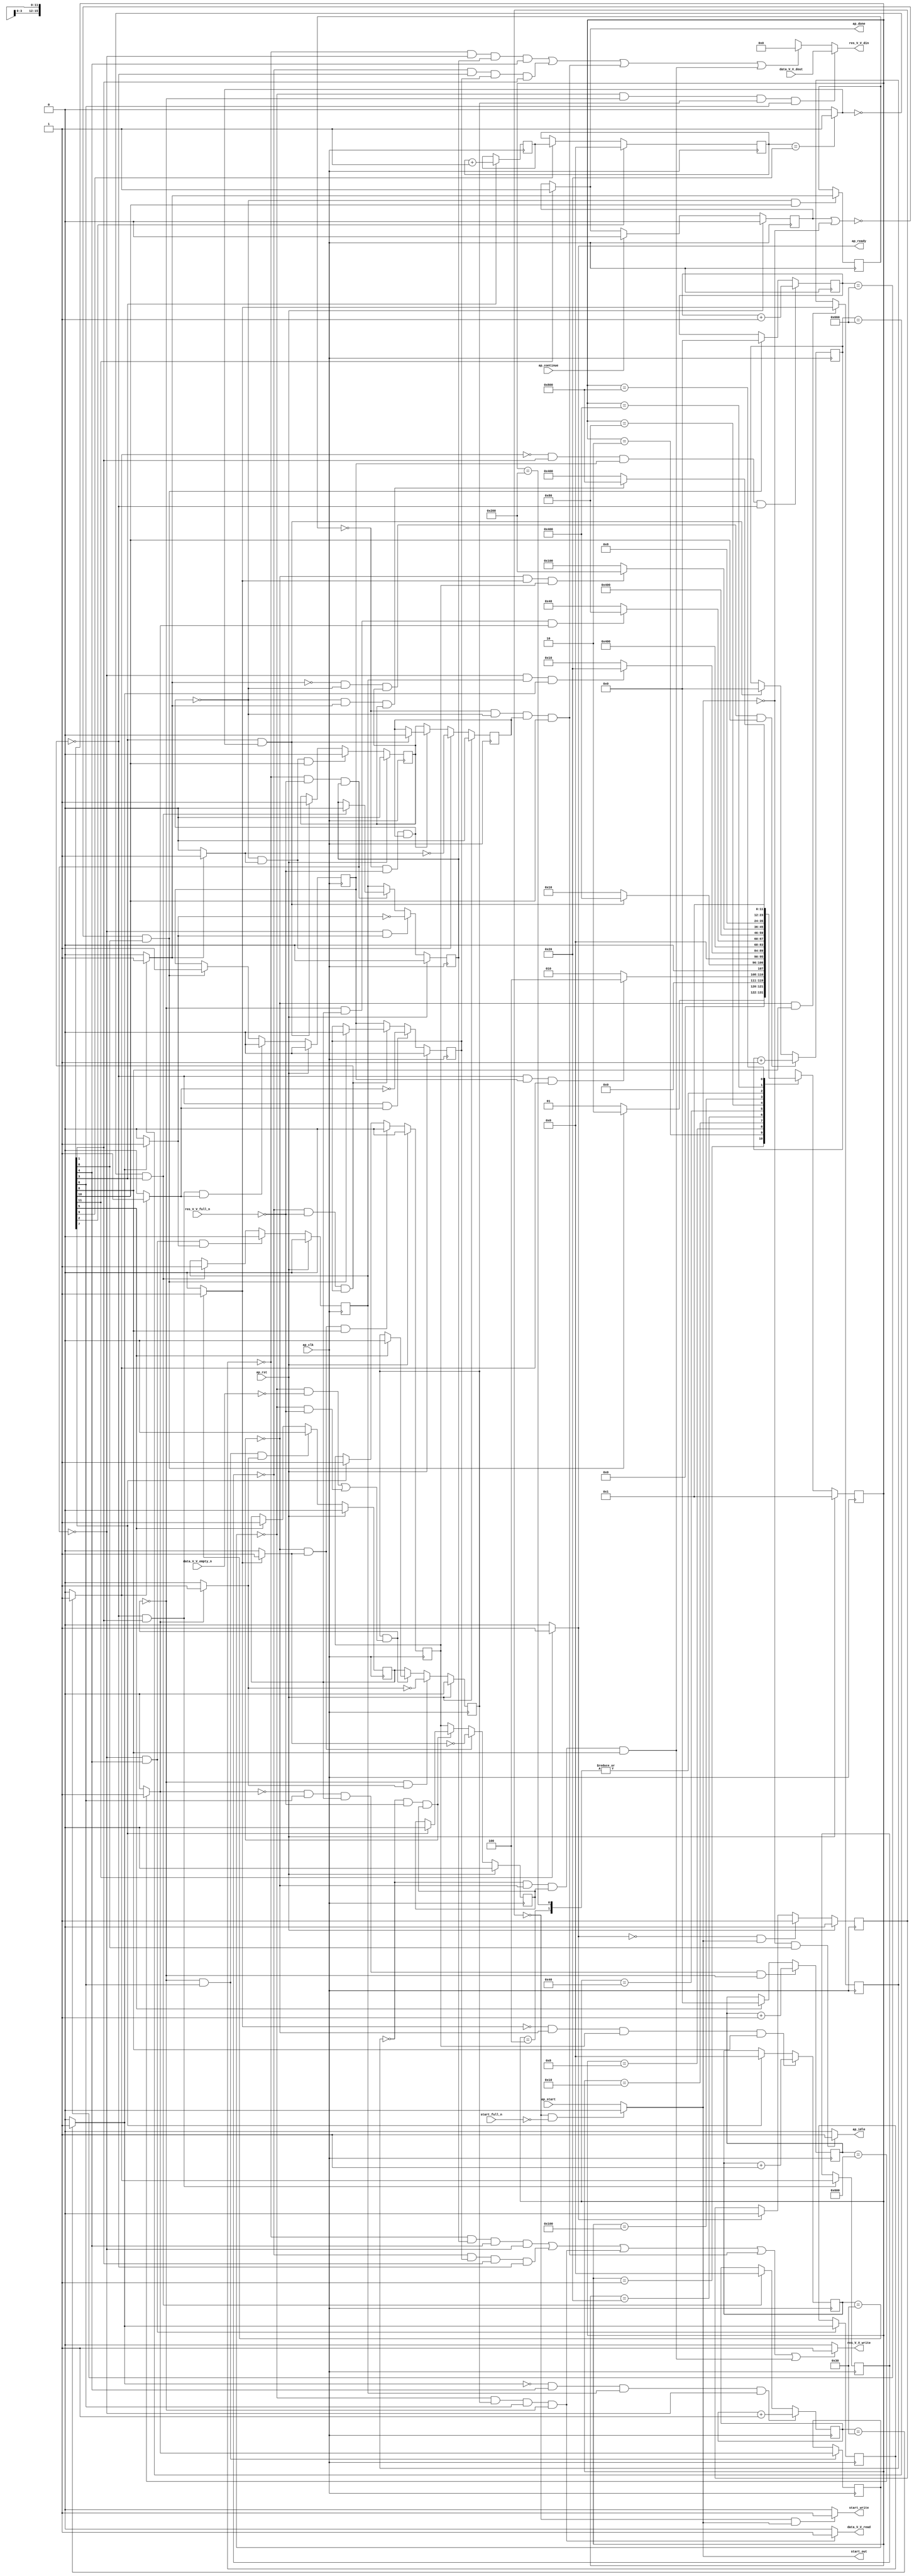
// ==============================================================
// RTL generated by Vivado(TM) HLS - High-Level Synthesis from C, C++ and OpenCL
// Version: 2019.2
// Copyright (C) 1986-2019 Xilinx, Inc. All Rights Reserved.
// 
// ===========================================================

`timescale 1 ns / 1 ps 

module zeropad2d_cl_ss_ap_fixed_ap_fixed_config30_s (
        ap_clk,
        ap_rst,
        ap_start,
        start_full_n,
        ap_done,
        ap_continue,
        ap_idle,
        ap_ready,
        start_out,
        start_write,
        data_V_V_dout,
        data_V_V_empty_n,
        data_V_V_read,
        res_V_V_din,
        res_V_V_full_n,
        res_V_V_write
);

parameter    ap_ST_fsm_state1 = 12'd1;
parameter    ap_ST_fsm_pp0_stage0 = 12'd2;
parameter    ap_ST_fsm_state4 = 12'd4;
parameter    ap_ST_fsm_state5 = 12'd8;
parameter    ap_ST_fsm_pp1_stage0 = 12'd16;
parameter    ap_ST_fsm_state8 = 12'd32;
parameter    ap_ST_fsm_pp2_stage0 = 12'd64;
parameter    ap_ST_fsm_state11 = 12'd128;
parameter    ap_ST_fsm_pp3_stage0 = 12'd256;
parameter    ap_ST_fsm_state14 = 12'd512;
parameter    ap_ST_fsm_pp4_stage0 = 12'd1024;
parameter    ap_ST_fsm_state17 = 12'd2048;

input   ap_clk;
input   ap_rst;
input   ap_start;
input   start_full_n;
output   ap_done;
input   ap_continue;
output   ap_idle;
output   ap_ready;
output   start_out;
output   start_write;
input  [15:0] data_V_V_dout;
input   data_V_V_empty_n;
output   data_V_V_read;
output  [15:0] res_V_V_din;
input   res_V_V_full_n;
output   res_V_V_write;

reg ap_done;
reg ap_idle;
reg start_write;
reg data_V_V_read;
reg[15:0] res_V_V_din;
reg res_V_V_write;

reg    real_start;
reg    start_once_reg;
reg    ap_done_reg;
(* fsm_encoding = "none" *) reg   [11:0] ap_CS_fsm;
wire    ap_CS_fsm_state1;
reg    internal_ap_ready;
reg    data_V_V_blk_n;
wire    ap_CS_fsm_pp2_stage0;
reg    ap_enable_reg_pp2_iter1;
wire    ap_block_pp2_stage0;
reg   [0:0] icmp_ln121_reg_284;
reg    res_V_V_blk_n;
wire    ap_CS_fsm_pp0_stage0;
reg    ap_enable_reg_pp0_iter1;
wire    ap_block_pp0_stage0;
reg   [0:0] icmp_ln112_reg_257;
wire    ap_CS_fsm_pp1_stage0;
reg    ap_enable_reg_pp1_iter1;
wire    ap_block_pp1_stage0;
reg   [0:0] icmp_ln24_reg_275;
wire    ap_CS_fsm_pp3_stage0;
reg    ap_enable_reg_pp3_iter1;
wire    ap_block_pp3_stage0;
reg   [0:0] icmp_ln24_3_reg_293;
wire    ap_CS_fsm_pp4_stage0;
reg    ap_enable_reg_pp4_iter1;
wire    ap_block_pp4_stage0;
reg   [0:0] icmp_ln130_reg_302;
reg   [10:0] indvar_flatten_reg_119;
reg   [5:0] c_0_i28_reg_141;
reg   [10:0] indvar_flatten11_reg_152;
reg   [5:0] c_0_i22_reg_163;
reg   [10:0] indvar_flatten23_reg_174;
wire   [0:0] icmp_ln112_fu_185_p2;
wire    ap_block_state2_pp0_stage0_iter0;
reg    ap_block_state3_pp0_stage0_iter1;
reg    ap_block_pp0_stage0_11001;
wire   [10:0] add_ln112_fu_191_p2;
reg    ap_enable_reg_pp0_iter0;
wire   [0:0] icmp_ln117_fu_197_p2;
wire    ap_CS_fsm_state5;
wire   [5:0] i_fu_203_p2;
reg   [5:0] i_reg_270;
wire   [0:0] icmp_ln24_fu_209_p2;
wire    ap_block_state6_pp1_stage0_iter0;
reg    ap_block_state7_pp1_stage0_iter1;
reg    ap_block_pp1_stage0_11001;
wire   [5:0] c_fu_215_p2;
reg    ap_enable_reg_pp1_iter0;
wire   [0:0] icmp_ln121_fu_221_p2;
wire    ap_block_state9_pp2_stage0_iter0;
reg    ap_block_state10_pp2_stage0_iter1;
reg    ap_block_pp2_stage0_11001;
wire   [10:0] add_ln121_fu_227_p2;
reg    ap_enable_reg_pp2_iter0;
wire   [0:0] icmp_ln24_3_fu_233_p2;
wire    ap_block_state12_pp3_stage0_iter0;
reg    ap_block_state13_pp3_stage0_iter1;
reg    ap_block_pp3_stage0_11001;
wire   [5:0] c_3_fu_239_p2;
reg    ap_enable_reg_pp3_iter0;
wire   [0:0] icmp_ln130_fu_245_p2;
wire    ap_block_state15_pp4_stage0_iter0;
reg    ap_block_state16_pp4_stage0_iter1;
reg    ap_block_pp4_stage0_11001;
wire   [10:0] add_ln130_fu_251_p2;
reg    ap_enable_reg_pp4_iter0;
reg    ap_block_state1;
reg    ap_block_pp0_stage0_subdone;
reg    ap_condition_pp0_exit_iter0_state2;
reg    ap_block_pp1_stage0_subdone;
reg    ap_condition_pp1_exit_iter0_state6;
wire    ap_CS_fsm_state8;
reg    ap_block_pp2_stage0_subdone;
reg    ap_condition_pp2_exit_iter0_state9;
wire    ap_CS_fsm_state11;
reg    ap_block_pp3_stage0_subdone;
reg    ap_condition_pp3_exit_iter0_state12;
reg    ap_block_pp4_stage0_subdone;
reg    ap_condition_pp4_exit_iter0_state15;
reg   [5:0] i1_0_reg_130;
wire    ap_CS_fsm_state14;
wire    ap_CS_fsm_state4;
reg    ap_block_pp0_stage0_01001;
reg    ap_block_pp1_stage0_01001;
reg    ap_block_pp2_stage0_01001;
reg    ap_block_pp3_stage0_01001;
reg    ap_block_pp4_stage0_01001;
wire    ap_CS_fsm_state17;
reg   [11:0] ap_NS_fsm;
reg    ap_idle_pp0;
wire    ap_enable_pp0;
reg    ap_idle_pp1;
wire    ap_enable_pp1;
reg    ap_idle_pp2;
wire    ap_enable_pp2;
reg    ap_idle_pp3;
wire    ap_enable_pp3;
reg    ap_idle_pp4;
wire    ap_enable_pp4;

// power-on initialization
initial begin
#0 start_once_reg = 1'b0;
#0 ap_done_reg = 1'b0;
#0 ap_CS_fsm = 12'd1;
#0 ap_enable_reg_pp2_iter1 = 1'b0;
#0 ap_enable_reg_pp0_iter1 = 1'b0;
#0 ap_enable_reg_pp1_iter1 = 1'b0;
#0 ap_enable_reg_pp3_iter1 = 1'b0;
#0 ap_enable_reg_pp4_iter1 = 1'b0;
#0 ap_enable_reg_pp0_iter0 = 1'b0;
#0 ap_enable_reg_pp1_iter0 = 1'b0;
#0 ap_enable_reg_pp2_iter0 = 1'b0;
#0 ap_enable_reg_pp3_iter0 = 1'b0;
#0 ap_enable_reg_pp4_iter0 = 1'b0;
end

always @ (posedge ap_clk) begin
    if (ap_rst == 1'b1) begin
        ap_CS_fsm <= ap_ST_fsm_state1;
    end else begin
        ap_CS_fsm <= ap_NS_fsm;
    end
end

always @ (posedge ap_clk) begin
    if (ap_rst == 1'b1) begin
        ap_done_reg <= 1'b0;
    end else begin
        if ((ap_continue == 1'b1)) begin
            ap_done_reg <= 1'b0;
        end else if ((1'b1 == ap_CS_fsm_state17)) begin
            ap_done_reg <= 1'b1;
        end
    end
end

always @ (posedge ap_clk) begin
    if (ap_rst == 1'b1) begin
        ap_enable_reg_pp0_iter0 <= 1'b0;
    end else begin
        if (((1'b0 == ap_block_pp0_stage0_subdone) & (1'b1 == ap_CS_fsm_pp0_stage0) & (1'b1 == ap_condition_pp0_exit_iter0_state2))) begin
            ap_enable_reg_pp0_iter0 <= 1'b0;
        end else if ((~((ap_done_reg == 1'b1) | (real_start == 1'b0)) & (1'b1 == ap_CS_fsm_state1))) begin
            ap_enable_reg_pp0_iter0 <= 1'b1;
        end
    end
end

always @ (posedge ap_clk) begin
    if (ap_rst == 1'b1) begin
        ap_enable_reg_pp0_iter1 <= 1'b0;
    end else begin
        if (((1'b0 == ap_block_pp0_stage0_subdone) & (1'b1 == ap_condition_pp0_exit_iter0_state2))) begin
            ap_enable_reg_pp0_iter1 <= (1'b1 ^ ap_condition_pp0_exit_iter0_state2);
        end else if ((1'b0 == ap_block_pp0_stage0_subdone)) begin
            ap_enable_reg_pp0_iter1 <= ap_enable_reg_pp0_iter0;
        end else if ((~((ap_done_reg == 1'b1) | (real_start == 1'b0)) & (1'b1 == ap_CS_fsm_state1))) begin
            ap_enable_reg_pp0_iter1 <= 1'b0;
        end
    end
end

always @ (posedge ap_clk) begin
    if (ap_rst == 1'b1) begin
        ap_enable_reg_pp1_iter0 <= 1'b0;
    end else begin
        if (((1'b0 == ap_block_pp1_stage0_subdone) & (1'b1 == ap_CS_fsm_pp1_stage0) & (1'b1 == ap_condition_pp1_exit_iter0_state6))) begin
            ap_enable_reg_pp1_iter0 <= 1'b0;
        end else if (((icmp_ln117_fu_197_p2 == 1'd0) & (1'b1 == ap_CS_fsm_state5))) begin
            ap_enable_reg_pp1_iter0 <= 1'b1;
        end
    end
end

always @ (posedge ap_clk) begin
    if (ap_rst == 1'b1) begin
        ap_enable_reg_pp1_iter1 <= 1'b0;
    end else begin
        if (((1'b0 == ap_block_pp1_stage0_subdone) & (1'b1 == ap_condition_pp1_exit_iter0_state6))) begin
            ap_enable_reg_pp1_iter1 <= (1'b1 ^ ap_condition_pp1_exit_iter0_state6);
        end else if ((1'b0 == ap_block_pp1_stage0_subdone)) begin
            ap_enable_reg_pp1_iter1 <= ap_enable_reg_pp1_iter0;
        end else if (((icmp_ln117_fu_197_p2 == 1'd0) & (1'b1 == ap_CS_fsm_state5))) begin
            ap_enable_reg_pp1_iter1 <= 1'b0;
        end
    end
end

always @ (posedge ap_clk) begin
    if (ap_rst == 1'b1) begin
        ap_enable_reg_pp2_iter0 <= 1'b0;
    end else begin
        if (((1'b0 == ap_block_pp2_stage0_subdone) & (1'b1 == ap_CS_fsm_pp2_stage0) & (1'b1 == ap_condition_pp2_exit_iter0_state9))) begin
            ap_enable_reg_pp2_iter0 <= 1'b0;
        end else if ((1'b1 == ap_CS_fsm_state8)) begin
            ap_enable_reg_pp2_iter0 <= 1'b1;
        end
    end
end

always @ (posedge ap_clk) begin
    if (ap_rst == 1'b1) begin
        ap_enable_reg_pp2_iter1 <= 1'b0;
    end else begin
        if (((1'b0 == ap_block_pp2_stage0_subdone) & (1'b1 == ap_condition_pp2_exit_iter0_state9))) begin
            ap_enable_reg_pp2_iter1 <= (1'b1 ^ ap_condition_pp2_exit_iter0_state9);
        end else if ((1'b0 == ap_block_pp2_stage0_subdone)) begin
            ap_enable_reg_pp2_iter1 <= ap_enable_reg_pp2_iter0;
        end else if ((1'b1 == ap_CS_fsm_state8)) begin
            ap_enable_reg_pp2_iter1 <= 1'b0;
        end
    end
end

always @ (posedge ap_clk) begin
    if (ap_rst == 1'b1) begin
        ap_enable_reg_pp3_iter0 <= 1'b0;
    end else begin
        if (((1'b0 == ap_block_pp3_stage0_subdone) & (1'b1 == ap_condition_pp3_exit_iter0_state12) & (1'b1 == ap_CS_fsm_pp3_stage0))) begin
            ap_enable_reg_pp3_iter0 <= 1'b0;
        end else if ((1'b1 == ap_CS_fsm_state11)) begin
            ap_enable_reg_pp3_iter0 <= 1'b1;
        end
    end
end

always @ (posedge ap_clk) begin
    if (ap_rst == 1'b1) begin
        ap_enable_reg_pp3_iter1 <= 1'b0;
    end else begin
        if (((1'b0 == ap_block_pp3_stage0_subdone) & (1'b1 == ap_condition_pp3_exit_iter0_state12))) begin
            ap_enable_reg_pp3_iter1 <= (1'b1 ^ ap_condition_pp3_exit_iter0_state12);
        end else if ((1'b0 == ap_block_pp3_stage0_subdone)) begin
            ap_enable_reg_pp3_iter1 <= ap_enable_reg_pp3_iter0;
        end else if ((1'b1 == ap_CS_fsm_state11)) begin
            ap_enable_reg_pp3_iter1 <= 1'b0;
        end
    end
end

always @ (posedge ap_clk) begin
    if (ap_rst == 1'b1) begin
        ap_enable_reg_pp4_iter0 <= 1'b0;
    end else begin
        if (((1'b0 == ap_block_pp4_stage0_subdone) & (1'b1 == ap_condition_pp4_exit_iter0_state15) & (1'b1 == ap_CS_fsm_pp4_stage0))) begin
            ap_enable_reg_pp4_iter0 <= 1'b0;
        end else if (((1'b1 == ap_CS_fsm_state5) & (icmp_ln117_fu_197_p2 == 1'd1))) begin
            ap_enable_reg_pp4_iter0 <= 1'b1;
        end
    end
end

always @ (posedge ap_clk) begin
    if (ap_rst == 1'b1) begin
        ap_enable_reg_pp4_iter1 <= 1'b0;
    end else begin
        if (((1'b0 == ap_block_pp4_stage0_subdone) & (1'b1 == ap_condition_pp4_exit_iter0_state15))) begin
            ap_enable_reg_pp4_iter1 <= (1'b1 ^ ap_condition_pp4_exit_iter0_state15);
        end else if ((1'b0 == ap_block_pp4_stage0_subdone)) begin
            ap_enable_reg_pp4_iter1 <= ap_enable_reg_pp4_iter0;
        end else if (((1'b1 == ap_CS_fsm_state5) & (icmp_ln117_fu_197_p2 == 1'd1))) begin
            ap_enable_reg_pp4_iter1 <= 1'b0;
        end
    end
end

always @ (posedge ap_clk) begin
    if (ap_rst == 1'b1) begin
        start_once_reg <= 1'b0;
    end else begin
        if (((internal_ap_ready == 1'b0) & (real_start == 1'b1))) begin
            start_once_reg <= 1'b1;
        end else if ((internal_ap_ready == 1'b1)) begin
            start_once_reg <= 1'b0;
        end
    end
end

always @ (posedge ap_clk) begin
    if (((icmp_ln24_3_fu_233_p2 == 1'd0) & (1'b0 == ap_block_pp3_stage0_11001) & (ap_enable_reg_pp3_iter0 == 1'b1) & (1'b1 == ap_CS_fsm_pp3_stage0))) begin
        c_0_i22_reg_163 <= c_3_fu_239_p2;
    end else if ((1'b1 == ap_CS_fsm_state11)) begin
        c_0_i22_reg_163 <= 6'd0;
    end
end

always @ (posedge ap_clk) begin
    if (((icmp_ln24_fu_209_p2 == 1'd0) & (1'b1 == ap_CS_fsm_pp1_stage0) & (ap_enable_reg_pp1_iter0 == 1'b1) & (1'b0 == ap_block_pp1_stage0_11001))) begin
        c_0_i28_reg_141 <= c_fu_215_p2;
    end else if (((icmp_ln117_fu_197_p2 == 1'd0) & (1'b1 == ap_CS_fsm_state5))) begin
        c_0_i28_reg_141 <= 6'd0;
    end
end

always @ (posedge ap_clk) begin
    if ((1'b1 == ap_CS_fsm_state4)) begin
        i1_0_reg_130 <= 6'd0;
    end else if ((1'b1 == ap_CS_fsm_state14)) begin
        i1_0_reg_130 <= i_reg_270;
    end
end

always @ (posedge ap_clk) begin
    if (((icmp_ln121_fu_221_p2 == 1'd0) & (1'b1 == ap_CS_fsm_pp2_stage0) & (ap_enable_reg_pp2_iter0 == 1'b1) & (1'b0 == ap_block_pp2_stage0_11001))) begin
        indvar_flatten11_reg_152 <= add_ln121_fu_227_p2;
    end else if ((1'b1 == ap_CS_fsm_state8)) begin
        indvar_flatten11_reg_152 <= 11'd0;
    end
end

always @ (posedge ap_clk) begin
    if (((icmp_ln130_fu_245_p2 == 1'd0) & (1'b0 == ap_block_pp4_stage0_11001) & (ap_enable_reg_pp4_iter0 == 1'b1) & (1'b1 == ap_CS_fsm_pp4_stage0))) begin
        indvar_flatten23_reg_174 <= add_ln130_fu_251_p2;
    end else if (((1'b1 == ap_CS_fsm_state5) & (icmp_ln117_fu_197_p2 == 1'd1))) begin
        indvar_flatten23_reg_174 <= 11'd0;
    end
end

always @ (posedge ap_clk) begin
    if (((icmp_ln112_fu_185_p2 == 1'd0) & (1'b1 == ap_CS_fsm_pp0_stage0) & (ap_enable_reg_pp0_iter0 == 1'b1) & (1'b0 == ap_block_pp0_stage0_11001))) begin
        indvar_flatten_reg_119 <= add_ln112_fu_191_p2;
    end else if ((~((ap_done_reg == 1'b1) | (real_start == 1'b0)) & (1'b1 == ap_CS_fsm_state1))) begin
        indvar_flatten_reg_119 <= 11'd0;
    end
end

always @ (posedge ap_clk) begin
    if ((1'b1 == ap_CS_fsm_state5)) begin
        i_reg_270 <= i_fu_203_p2;
    end
end

always @ (posedge ap_clk) begin
    if (((1'b1 == ap_CS_fsm_pp0_stage0) & (1'b0 == ap_block_pp0_stage0_11001))) begin
        icmp_ln112_reg_257 <= icmp_ln112_fu_185_p2;
    end
end

always @ (posedge ap_clk) begin
    if (((1'b1 == ap_CS_fsm_pp2_stage0) & (1'b0 == ap_block_pp2_stage0_11001))) begin
        icmp_ln121_reg_284 <= icmp_ln121_fu_221_p2;
    end
end

always @ (posedge ap_clk) begin
    if (((1'b0 == ap_block_pp4_stage0_11001) & (1'b1 == ap_CS_fsm_pp4_stage0))) begin
        icmp_ln130_reg_302 <= icmp_ln130_fu_245_p2;
    end
end

always @ (posedge ap_clk) begin
    if (((1'b0 == ap_block_pp3_stage0_11001) & (1'b1 == ap_CS_fsm_pp3_stage0))) begin
        icmp_ln24_3_reg_293 <= icmp_ln24_3_fu_233_p2;
    end
end

always @ (posedge ap_clk) begin
    if (((1'b1 == ap_CS_fsm_pp1_stage0) & (1'b0 == ap_block_pp1_stage0_11001))) begin
        icmp_ln24_reg_275 <= icmp_ln24_fu_209_p2;
    end
end

always @ (*) begin
    if ((icmp_ln112_fu_185_p2 == 1'd1)) begin
        ap_condition_pp0_exit_iter0_state2 = 1'b1;
    end else begin
        ap_condition_pp0_exit_iter0_state2 = 1'b0;
    end
end

always @ (*) begin
    if ((icmp_ln24_fu_209_p2 == 1'd1)) begin
        ap_condition_pp1_exit_iter0_state6 = 1'b1;
    end else begin
        ap_condition_pp1_exit_iter0_state6 = 1'b0;
    end
end

always @ (*) begin
    if ((icmp_ln121_fu_221_p2 == 1'd1)) begin
        ap_condition_pp2_exit_iter0_state9 = 1'b1;
    end else begin
        ap_condition_pp2_exit_iter0_state9 = 1'b0;
    end
end

always @ (*) begin
    if ((icmp_ln24_3_fu_233_p2 == 1'd1)) begin
        ap_condition_pp3_exit_iter0_state12 = 1'b1;
    end else begin
        ap_condition_pp3_exit_iter0_state12 = 1'b0;
    end
end

always @ (*) begin
    if ((icmp_ln130_fu_245_p2 == 1'd1)) begin
        ap_condition_pp4_exit_iter0_state15 = 1'b1;
    end else begin
        ap_condition_pp4_exit_iter0_state15 = 1'b0;
    end
end

always @ (*) begin
    if ((1'b1 == ap_CS_fsm_state17)) begin
        ap_done = 1'b1;
    end else begin
        ap_done = ap_done_reg;
    end
end

always @ (*) begin
    if (((real_start == 1'b0) & (1'b1 == ap_CS_fsm_state1))) begin
        ap_idle = 1'b1;
    end else begin
        ap_idle = 1'b0;
    end
end

always @ (*) begin
    if (((ap_enable_reg_pp0_iter1 == 1'b0) & (ap_enable_reg_pp0_iter0 == 1'b0))) begin
        ap_idle_pp0 = 1'b1;
    end else begin
        ap_idle_pp0 = 1'b0;
    end
end

always @ (*) begin
    if (((ap_enable_reg_pp1_iter1 == 1'b0) & (ap_enable_reg_pp1_iter0 == 1'b0))) begin
        ap_idle_pp1 = 1'b1;
    end else begin
        ap_idle_pp1 = 1'b0;
    end
end

always @ (*) begin
    if (((ap_enable_reg_pp2_iter1 == 1'b0) & (ap_enable_reg_pp2_iter0 == 1'b0))) begin
        ap_idle_pp2 = 1'b1;
    end else begin
        ap_idle_pp2 = 1'b0;
    end
end

always @ (*) begin
    if (((ap_enable_reg_pp3_iter0 == 1'b0) & (ap_enable_reg_pp3_iter1 == 1'b0))) begin
        ap_idle_pp3 = 1'b1;
    end else begin
        ap_idle_pp3 = 1'b0;
    end
end

always @ (*) begin
    if (((ap_enable_reg_pp4_iter0 == 1'b0) & (ap_enable_reg_pp4_iter1 == 1'b0))) begin
        ap_idle_pp4 = 1'b1;
    end else begin
        ap_idle_pp4 = 1'b0;
    end
end

always @ (*) begin
    if (((icmp_ln121_reg_284 == 1'd0) & (1'b0 == ap_block_pp2_stage0) & (ap_enable_reg_pp2_iter1 == 1'b1) & (1'b1 == ap_CS_fsm_pp2_stage0))) begin
        data_V_V_blk_n = data_V_V_empty_n;
    end else begin
        data_V_V_blk_n = 1'b1;
    end
end

always @ (*) begin
    if (((icmp_ln121_reg_284 == 1'd0) & (ap_enable_reg_pp2_iter1 == 1'b1) & (1'b1 == ap_CS_fsm_pp2_stage0) & (1'b0 == ap_block_pp2_stage0_11001))) begin
        data_V_V_read = 1'b1;
    end else begin
        data_V_V_read = 1'b0;
    end
end

always @ (*) begin
    if ((1'b1 == ap_CS_fsm_state17)) begin
        internal_ap_ready = 1'b1;
    end else begin
        internal_ap_ready = 1'b0;
    end
end

always @ (*) begin
    if (((start_once_reg == 1'b0) & (start_full_n == 1'b0))) begin
        real_start = 1'b0;
    end else begin
        real_start = ap_start;
    end
end

always @ (*) begin
    if ((((1'b0 == ap_block_pp1_stage0) & (icmp_ln24_reg_275 == 1'd0) & (ap_enable_reg_pp1_iter1 == 1'b1) & (1'b1 == ap_CS_fsm_pp1_stage0)) | ((1'b0 == ap_block_pp0_stage0) & (icmp_ln112_reg_257 == 1'd0) & (ap_enable_reg_pp0_iter1 == 1'b1) & (1'b1 == ap_CS_fsm_pp0_stage0)) | ((icmp_ln121_reg_284 == 1'd0) & (1'b0 == ap_block_pp2_stage0) & (ap_enable_reg_pp2_iter1 == 1'b1) & (1'b1 == ap_CS_fsm_pp2_stage0)) | ((icmp_ln130_reg_302 == 1'd0) & (ap_enable_reg_pp4_iter1 == 1'b1) & (1'b1 == ap_CS_fsm_pp4_stage0) & (1'b0 == ap_block_pp4_stage0)) | ((icmp_ln24_3_reg_293 == 1'd0) & (ap_enable_reg_pp3_iter1 == 1'b1) & (1'b1 == ap_CS_fsm_pp3_stage0) & (1'b0 == ap_block_pp3_stage0)))) begin
        res_V_V_blk_n = res_V_V_full_n;
    end else begin
        res_V_V_blk_n = 1'b1;
    end
end

always @ (*) begin
    if (((icmp_ln121_reg_284 == 1'd0) & (1'b0 == ap_block_pp2_stage0_01001) & (ap_enable_reg_pp2_iter1 == 1'b1) & (1'b1 == ap_CS_fsm_pp2_stage0))) begin
        res_V_V_din = data_V_V_dout;
    end else if ((((icmp_ln24_reg_275 == 1'd0) & (1'b0 == ap_block_pp1_stage0_01001) & (ap_enable_reg_pp1_iter1 == 1'b1) & (1'b1 == ap_CS_fsm_pp1_stage0)) | ((icmp_ln112_reg_257 == 1'd0) & (1'b0 == ap_block_pp0_stage0_01001) & (ap_enable_reg_pp0_iter1 == 1'b1) & (1'b1 == ap_CS_fsm_pp0_stage0)) | ((icmp_ln130_reg_302 == 1'd0) & (1'b0 == ap_block_pp4_stage0_01001) & (ap_enable_reg_pp4_iter1 == 1'b1) & (1'b1 == ap_CS_fsm_pp4_stage0)) | ((icmp_ln24_3_reg_293 == 1'd0) & (1'b0 == ap_block_pp3_stage0_01001) & (ap_enable_reg_pp3_iter1 == 1'b1) & (1'b1 == ap_CS_fsm_pp3_stage0)))) begin
        res_V_V_din = 16'd0;
    end else begin
        res_V_V_din = 'bx;
    end
end

always @ (*) begin
    if ((((icmp_ln24_reg_275 == 1'd0) & (ap_enable_reg_pp1_iter1 == 1'b1) & (1'b1 == ap_CS_fsm_pp1_stage0) & (1'b0 == ap_block_pp1_stage0_11001)) | ((icmp_ln112_reg_257 == 1'd0) & (ap_enable_reg_pp0_iter1 == 1'b1) & (1'b1 == ap_CS_fsm_pp0_stage0) & (1'b0 == ap_block_pp0_stage0_11001)) | ((icmp_ln121_reg_284 == 1'd0) & (ap_enable_reg_pp2_iter1 == 1'b1) & (1'b1 == ap_CS_fsm_pp2_stage0) & (1'b0 == ap_block_pp2_stage0_11001)) | ((icmp_ln130_reg_302 == 1'd0) & (1'b0 == ap_block_pp4_stage0_11001) & (ap_enable_reg_pp4_iter1 == 1'b1) & (1'b1 == ap_CS_fsm_pp4_stage0)) | ((icmp_ln24_3_reg_293 == 1'd0) & (1'b0 == ap_block_pp3_stage0_11001) & (ap_enable_reg_pp3_iter1 == 1'b1) & (1'b1 == ap_CS_fsm_pp3_stage0)))) begin
        res_V_V_write = 1'b1;
    end else begin
        res_V_V_write = 1'b0;
    end
end

always @ (*) begin
    if (((start_once_reg == 1'b0) & (real_start == 1'b1))) begin
        start_write = 1'b1;
    end else begin
        start_write = 1'b0;
    end
end

always @ (*) begin
    case (ap_CS_fsm)
        ap_ST_fsm_state1 : begin
            if ((~((ap_done_reg == 1'b1) | (real_start == 1'b0)) & (1'b1 == ap_CS_fsm_state1))) begin
                ap_NS_fsm = ap_ST_fsm_pp0_stage0;
            end else begin
                ap_NS_fsm = ap_ST_fsm_state1;
            end
        end
        ap_ST_fsm_pp0_stage0 : begin
            if (~((1'b0 == ap_block_pp0_stage0_subdone) & (ap_enable_reg_pp0_iter0 == 1'b1) & (icmp_ln112_fu_185_p2 == 1'd1))) begin
                ap_NS_fsm = ap_ST_fsm_pp0_stage0;
            end else if (((1'b0 == ap_block_pp0_stage0_subdone) & (ap_enable_reg_pp0_iter0 == 1'b1) & (icmp_ln112_fu_185_p2 == 1'd1))) begin
                ap_NS_fsm = ap_ST_fsm_state4;
            end else begin
                ap_NS_fsm = ap_ST_fsm_pp0_stage0;
            end
        end
        ap_ST_fsm_state4 : begin
            ap_NS_fsm = ap_ST_fsm_state5;
        end
        ap_ST_fsm_state5 : begin
            if (((1'b1 == ap_CS_fsm_state5) & (icmp_ln117_fu_197_p2 == 1'd1))) begin
                ap_NS_fsm = ap_ST_fsm_pp4_stage0;
            end else begin
                ap_NS_fsm = ap_ST_fsm_pp1_stage0;
            end
        end
        ap_ST_fsm_pp1_stage0 : begin
            if (~((1'b0 == ap_block_pp1_stage0_subdone) & (ap_enable_reg_pp1_iter0 == 1'b1) & (icmp_ln24_fu_209_p2 == 1'd1))) begin
                ap_NS_fsm = ap_ST_fsm_pp1_stage0;
            end else if (((1'b0 == ap_block_pp1_stage0_subdone) & (ap_enable_reg_pp1_iter0 == 1'b1) & (icmp_ln24_fu_209_p2 == 1'd1))) begin
                ap_NS_fsm = ap_ST_fsm_state8;
            end else begin
                ap_NS_fsm = ap_ST_fsm_pp1_stage0;
            end
        end
        ap_ST_fsm_state8 : begin
            ap_NS_fsm = ap_ST_fsm_pp2_stage0;
        end
        ap_ST_fsm_pp2_stage0 : begin
            if (~((1'b0 == ap_block_pp2_stage0_subdone) & (ap_enable_reg_pp2_iter0 == 1'b1) & (icmp_ln121_fu_221_p2 == 1'd1))) begin
                ap_NS_fsm = ap_ST_fsm_pp2_stage0;
            end else if (((1'b0 == ap_block_pp2_stage0_subdone) & (ap_enable_reg_pp2_iter0 == 1'b1) & (icmp_ln121_fu_221_p2 == 1'd1))) begin
                ap_NS_fsm = ap_ST_fsm_state11;
            end else begin
                ap_NS_fsm = ap_ST_fsm_pp2_stage0;
            end
        end
        ap_ST_fsm_state11 : begin
            ap_NS_fsm = ap_ST_fsm_pp3_stage0;
        end
        ap_ST_fsm_pp3_stage0 : begin
            if (~((1'b0 == ap_block_pp3_stage0_subdone) & (icmp_ln24_3_fu_233_p2 == 1'd1) & (ap_enable_reg_pp3_iter0 == 1'b1))) begin
                ap_NS_fsm = ap_ST_fsm_pp3_stage0;
            end else if (((1'b0 == ap_block_pp3_stage0_subdone) & (icmp_ln24_3_fu_233_p2 == 1'd1) & (ap_enable_reg_pp3_iter0 == 1'b1))) begin
                ap_NS_fsm = ap_ST_fsm_state14;
            end else begin
                ap_NS_fsm = ap_ST_fsm_pp3_stage0;
            end
        end
        ap_ST_fsm_state14 : begin
            ap_NS_fsm = ap_ST_fsm_state5;
        end
        ap_ST_fsm_pp4_stage0 : begin
            if (~((1'b0 == ap_block_pp4_stage0_subdone) & (icmp_ln130_fu_245_p2 == 1'd1) & (ap_enable_reg_pp4_iter0 == 1'b1))) begin
                ap_NS_fsm = ap_ST_fsm_pp4_stage0;
            end else if (((1'b0 == ap_block_pp4_stage0_subdone) & (icmp_ln130_fu_245_p2 == 1'd1) & (ap_enable_reg_pp4_iter0 == 1'b1))) begin
                ap_NS_fsm = ap_ST_fsm_state17;
            end else begin
                ap_NS_fsm = ap_ST_fsm_pp4_stage0;
            end
        end
        ap_ST_fsm_state17 : begin
            ap_NS_fsm = ap_ST_fsm_state1;
        end
        default : begin
            ap_NS_fsm = 'bx;
        end
    endcase
end

assign add_ln112_fu_191_p2 = (indvar_flatten_reg_119 + 11'd1);

assign add_ln121_fu_227_p2 = (indvar_flatten11_reg_152 + 11'd1);

assign add_ln130_fu_251_p2 = (indvar_flatten23_reg_174 + 11'd1);

assign ap_CS_fsm_pp0_stage0 = ap_CS_fsm[32'd1];

assign ap_CS_fsm_pp1_stage0 = ap_CS_fsm[32'd4];

assign ap_CS_fsm_pp2_stage0 = ap_CS_fsm[32'd6];

assign ap_CS_fsm_pp3_stage0 = ap_CS_fsm[32'd8];

assign ap_CS_fsm_pp4_stage0 = ap_CS_fsm[32'd10];

assign ap_CS_fsm_state1 = ap_CS_fsm[32'd0];

assign ap_CS_fsm_state11 = ap_CS_fsm[32'd7];

assign ap_CS_fsm_state14 = ap_CS_fsm[32'd9];

assign ap_CS_fsm_state17 = ap_CS_fsm[32'd11];

assign ap_CS_fsm_state4 = ap_CS_fsm[32'd2];

assign ap_CS_fsm_state5 = ap_CS_fsm[32'd3];

assign ap_CS_fsm_state8 = ap_CS_fsm[32'd5];

assign ap_block_pp0_stage0 = ~(1'b1 == 1'b1);

always @ (*) begin
    ap_block_pp0_stage0_01001 = ((icmp_ln112_reg_257 == 1'd0) & (res_V_V_full_n == 1'b0) & (ap_enable_reg_pp0_iter1 == 1'b1));
end

always @ (*) begin
    ap_block_pp0_stage0_11001 = ((icmp_ln112_reg_257 == 1'd0) & (res_V_V_full_n == 1'b0) & (ap_enable_reg_pp0_iter1 == 1'b1));
end

always @ (*) begin
    ap_block_pp0_stage0_subdone = ((icmp_ln112_reg_257 == 1'd0) & (res_V_V_full_n == 1'b0) & (ap_enable_reg_pp0_iter1 == 1'b1));
end

assign ap_block_pp1_stage0 = ~(1'b1 == 1'b1);

always @ (*) begin
    ap_block_pp1_stage0_01001 = ((icmp_ln24_reg_275 == 1'd0) & (res_V_V_full_n == 1'b0) & (ap_enable_reg_pp1_iter1 == 1'b1));
end

always @ (*) begin
    ap_block_pp1_stage0_11001 = ((icmp_ln24_reg_275 == 1'd0) & (res_V_V_full_n == 1'b0) & (ap_enable_reg_pp1_iter1 == 1'b1));
end

always @ (*) begin
    ap_block_pp1_stage0_subdone = ((icmp_ln24_reg_275 == 1'd0) & (res_V_V_full_n == 1'b0) & (ap_enable_reg_pp1_iter1 == 1'b1));
end

assign ap_block_pp2_stage0 = ~(1'b1 == 1'b1);

always @ (*) begin
    ap_block_pp2_stage0_01001 = ((ap_enable_reg_pp2_iter1 == 1'b1) & (((icmp_ln121_reg_284 == 1'd0) & (data_V_V_empty_n == 1'b0)) | ((icmp_ln121_reg_284 == 1'd0) & (res_V_V_full_n == 1'b0))));
end

always @ (*) begin
    ap_block_pp2_stage0_11001 = ((ap_enable_reg_pp2_iter1 == 1'b1) & (((icmp_ln121_reg_284 == 1'd0) & (data_V_V_empty_n == 1'b0)) | ((icmp_ln121_reg_284 == 1'd0) & (res_V_V_full_n == 1'b0))));
end

always @ (*) begin
    ap_block_pp2_stage0_subdone = ((ap_enable_reg_pp2_iter1 == 1'b1) & (((icmp_ln121_reg_284 == 1'd0) & (data_V_V_empty_n == 1'b0)) | ((icmp_ln121_reg_284 == 1'd0) & (res_V_V_full_n == 1'b0))));
end

assign ap_block_pp3_stage0 = ~(1'b1 == 1'b1);

always @ (*) begin
    ap_block_pp3_stage0_01001 = ((icmp_ln24_3_reg_293 == 1'd0) & (res_V_V_full_n == 1'b0) & (ap_enable_reg_pp3_iter1 == 1'b1));
end

always @ (*) begin
    ap_block_pp3_stage0_11001 = ((icmp_ln24_3_reg_293 == 1'd0) & (res_V_V_full_n == 1'b0) & (ap_enable_reg_pp3_iter1 == 1'b1));
end

always @ (*) begin
    ap_block_pp3_stage0_subdone = ((icmp_ln24_3_reg_293 == 1'd0) & (res_V_V_full_n == 1'b0) & (ap_enable_reg_pp3_iter1 == 1'b1));
end

assign ap_block_pp4_stage0 = ~(1'b1 == 1'b1);

always @ (*) begin
    ap_block_pp4_stage0_01001 = ((icmp_ln130_reg_302 == 1'd0) & (res_V_V_full_n == 1'b0) & (ap_enable_reg_pp4_iter1 == 1'b1));
end

always @ (*) begin
    ap_block_pp4_stage0_11001 = ((icmp_ln130_reg_302 == 1'd0) & (res_V_V_full_n == 1'b0) & (ap_enable_reg_pp4_iter1 == 1'b1));
end

always @ (*) begin
    ap_block_pp4_stage0_subdone = ((icmp_ln130_reg_302 == 1'd0) & (res_V_V_full_n == 1'b0) & (ap_enable_reg_pp4_iter1 == 1'b1));
end

always @ (*) begin
    ap_block_state1 = ((ap_done_reg == 1'b1) | (real_start == 1'b0));
end

always @ (*) begin
    ap_block_state10_pp2_stage0_iter1 = (((icmp_ln121_reg_284 == 1'd0) & (data_V_V_empty_n == 1'b0)) | ((icmp_ln121_reg_284 == 1'd0) & (res_V_V_full_n == 1'b0)));
end

assign ap_block_state12_pp3_stage0_iter0 = ~(1'b1 == 1'b1);

always @ (*) begin
    ap_block_state13_pp3_stage0_iter1 = ((icmp_ln24_3_reg_293 == 1'd0) & (res_V_V_full_n == 1'b0));
end

assign ap_block_state15_pp4_stage0_iter0 = ~(1'b1 == 1'b1);

always @ (*) begin
    ap_block_state16_pp4_stage0_iter1 = ((icmp_ln130_reg_302 == 1'd0) & (res_V_V_full_n == 1'b0));
end

assign ap_block_state2_pp0_stage0_iter0 = ~(1'b1 == 1'b1);

always @ (*) begin
    ap_block_state3_pp0_stage0_iter1 = ((icmp_ln112_reg_257 == 1'd0) & (res_V_V_full_n == 1'b0));
end

assign ap_block_state6_pp1_stage0_iter0 = ~(1'b1 == 1'b1);

always @ (*) begin
    ap_block_state7_pp1_stage0_iter1 = ((icmp_ln24_reg_275 == 1'd0) & (res_V_V_full_n == 1'b0));
end

assign ap_block_state9_pp2_stage0_iter0 = ~(1'b1 == 1'b1);

assign ap_enable_pp0 = (ap_idle_pp0 ^ 1'b1);

assign ap_enable_pp1 = (ap_idle_pp1 ^ 1'b1);

assign ap_enable_pp2 = (ap_idle_pp2 ^ 1'b1);

assign ap_enable_pp3 = (ap_idle_pp3 ^ 1'b1);

assign ap_enable_pp4 = (ap_idle_pp4 ^ 1'b1);

assign ap_ready = internal_ap_ready;

assign c_3_fu_239_p2 = (c_0_i22_reg_163 + 6'd1);

assign c_fu_215_p2 = (c_0_i28_reg_141 + 6'd1);

assign i_fu_203_p2 = (i1_0_reg_130 + 6'd1);

assign icmp_ln112_fu_185_p2 = ((indvar_flatten_reg_119 == 11'd1632) ? 1'b1 : 1'b0);

assign icmp_ln117_fu_197_p2 = ((i1_0_reg_130 == 6'd32) ? 1'b1 : 1'b0);

assign icmp_ln121_fu_221_p2 = ((indvar_flatten11_reg_152 == 11'd1536) ? 1'b1 : 1'b0);

assign icmp_ln130_fu_245_p2 = ((indvar_flatten23_reg_174 == 11'd1632) ? 1'b1 : 1'b0);

assign icmp_ln24_3_fu_233_p2 = ((c_0_i22_reg_163 == 6'd48) ? 1'b1 : 1'b0);

assign icmp_ln24_fu_209_p2 = ((c_0_i28_reg_141 == 6'd48) ? 1'b1 : 1'b0);

assign start_out = real_start;

endmodule //zeropad2d_cl_ss_ap_fixed_ap_fixed_config30_s